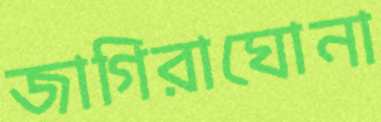
জাগিরাঘোনা